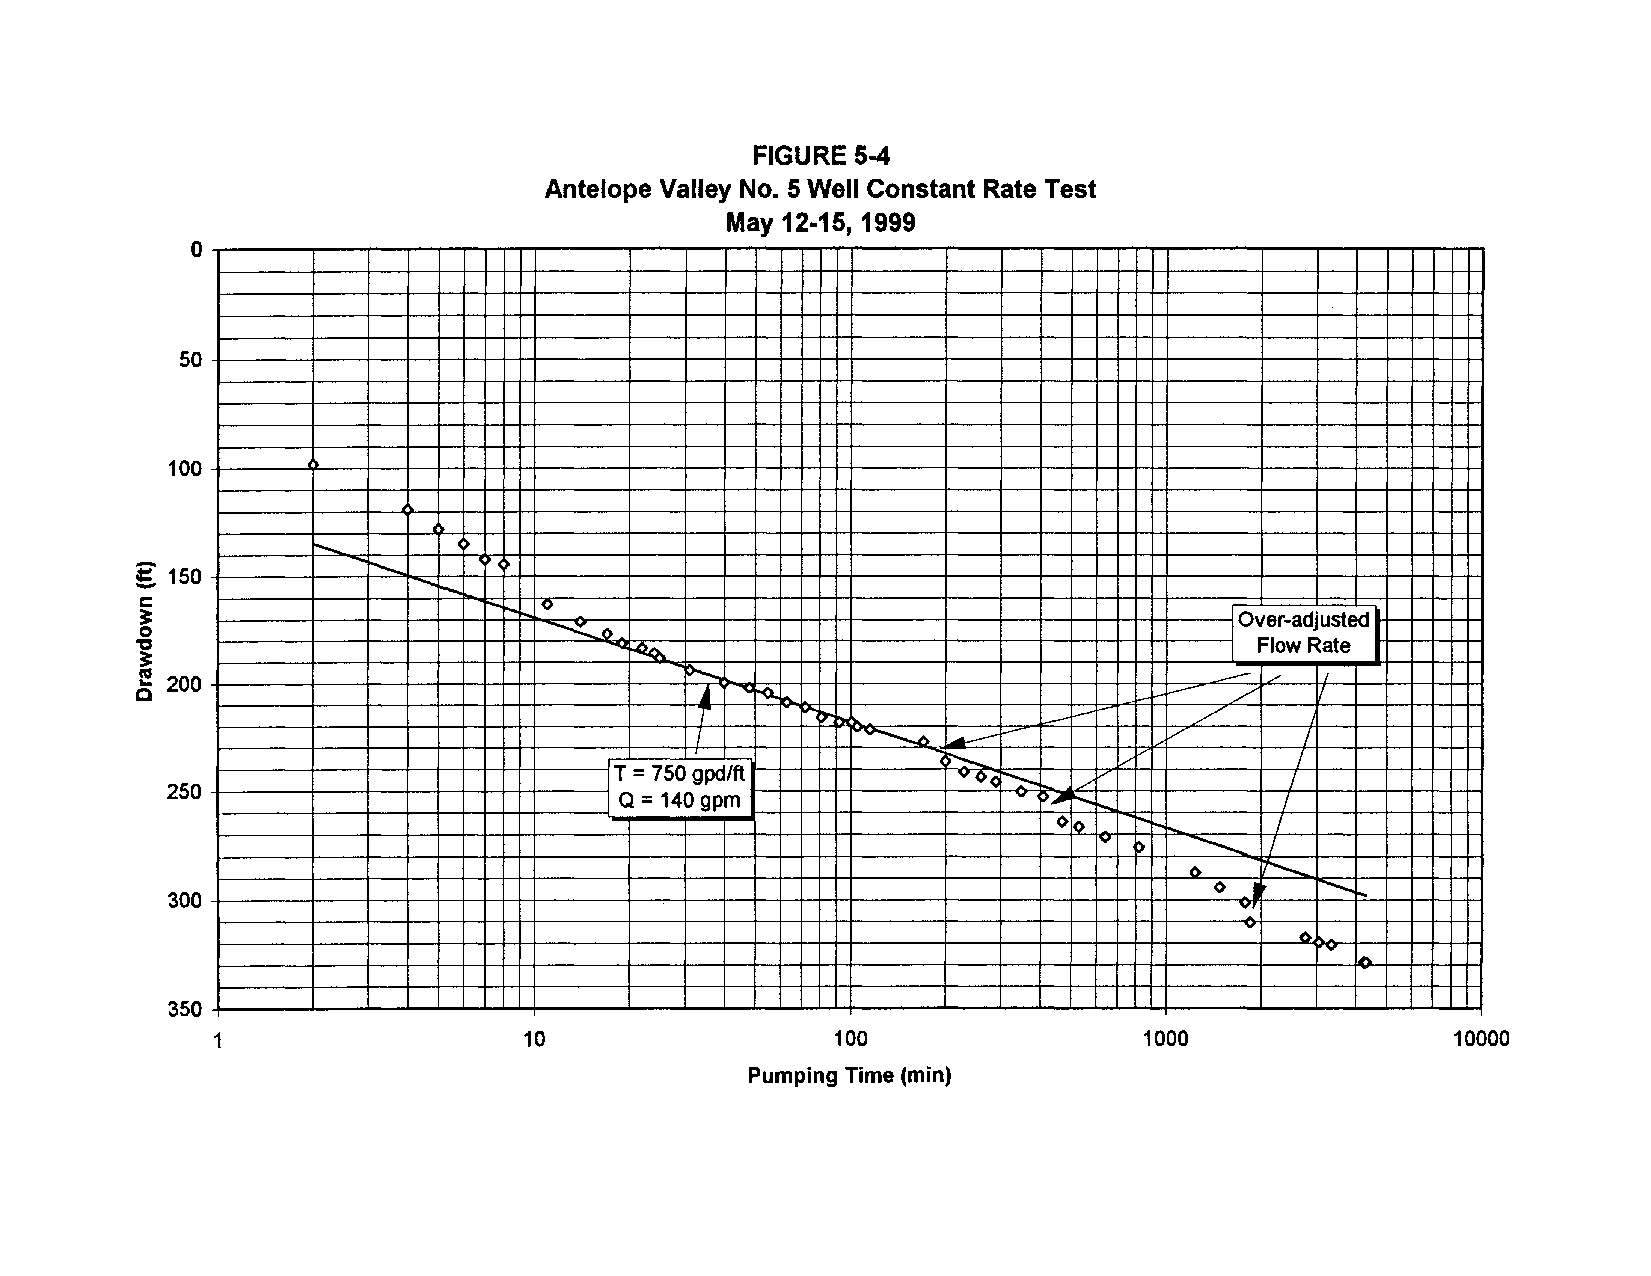
FIGURE 5-4
 Antelope Valley No.5 Well Constant Rate Test
 May 12-15, 1999
 o
 50
 100
 -
 r---.-   0
 -=- 150         I"--..... -.... <>
 .........
 c                      ......
 r--i-o., o ....
 ~                              --                                        lOver-adjusted
 ~                                            --
 "C                                                                      1 Flow Rate
 ~                                  --
 ~                                   ....
 c 200                                ~ j "'--a..~           --          /"" /" I I
 ~-
 7      ""':~~            f--     /""
 I          "'"v-............. >-- ,/'   /
 ~
 <~          VV          /
 IT = 750 gpd/ft         v<>c
 250
 I Q = 140 gpm
 ~....
 ~~
 .../ ...../
 ...... .    /
 /
 <><> v ........... ~ /
 -............. /
 ~
 'f'.........
 0
 300                                                                  <> I   ...................
 v,
 V' o . ....
 v
 A
 350
 1                    10                  100                  1000                10000
 Pumping Time (min)